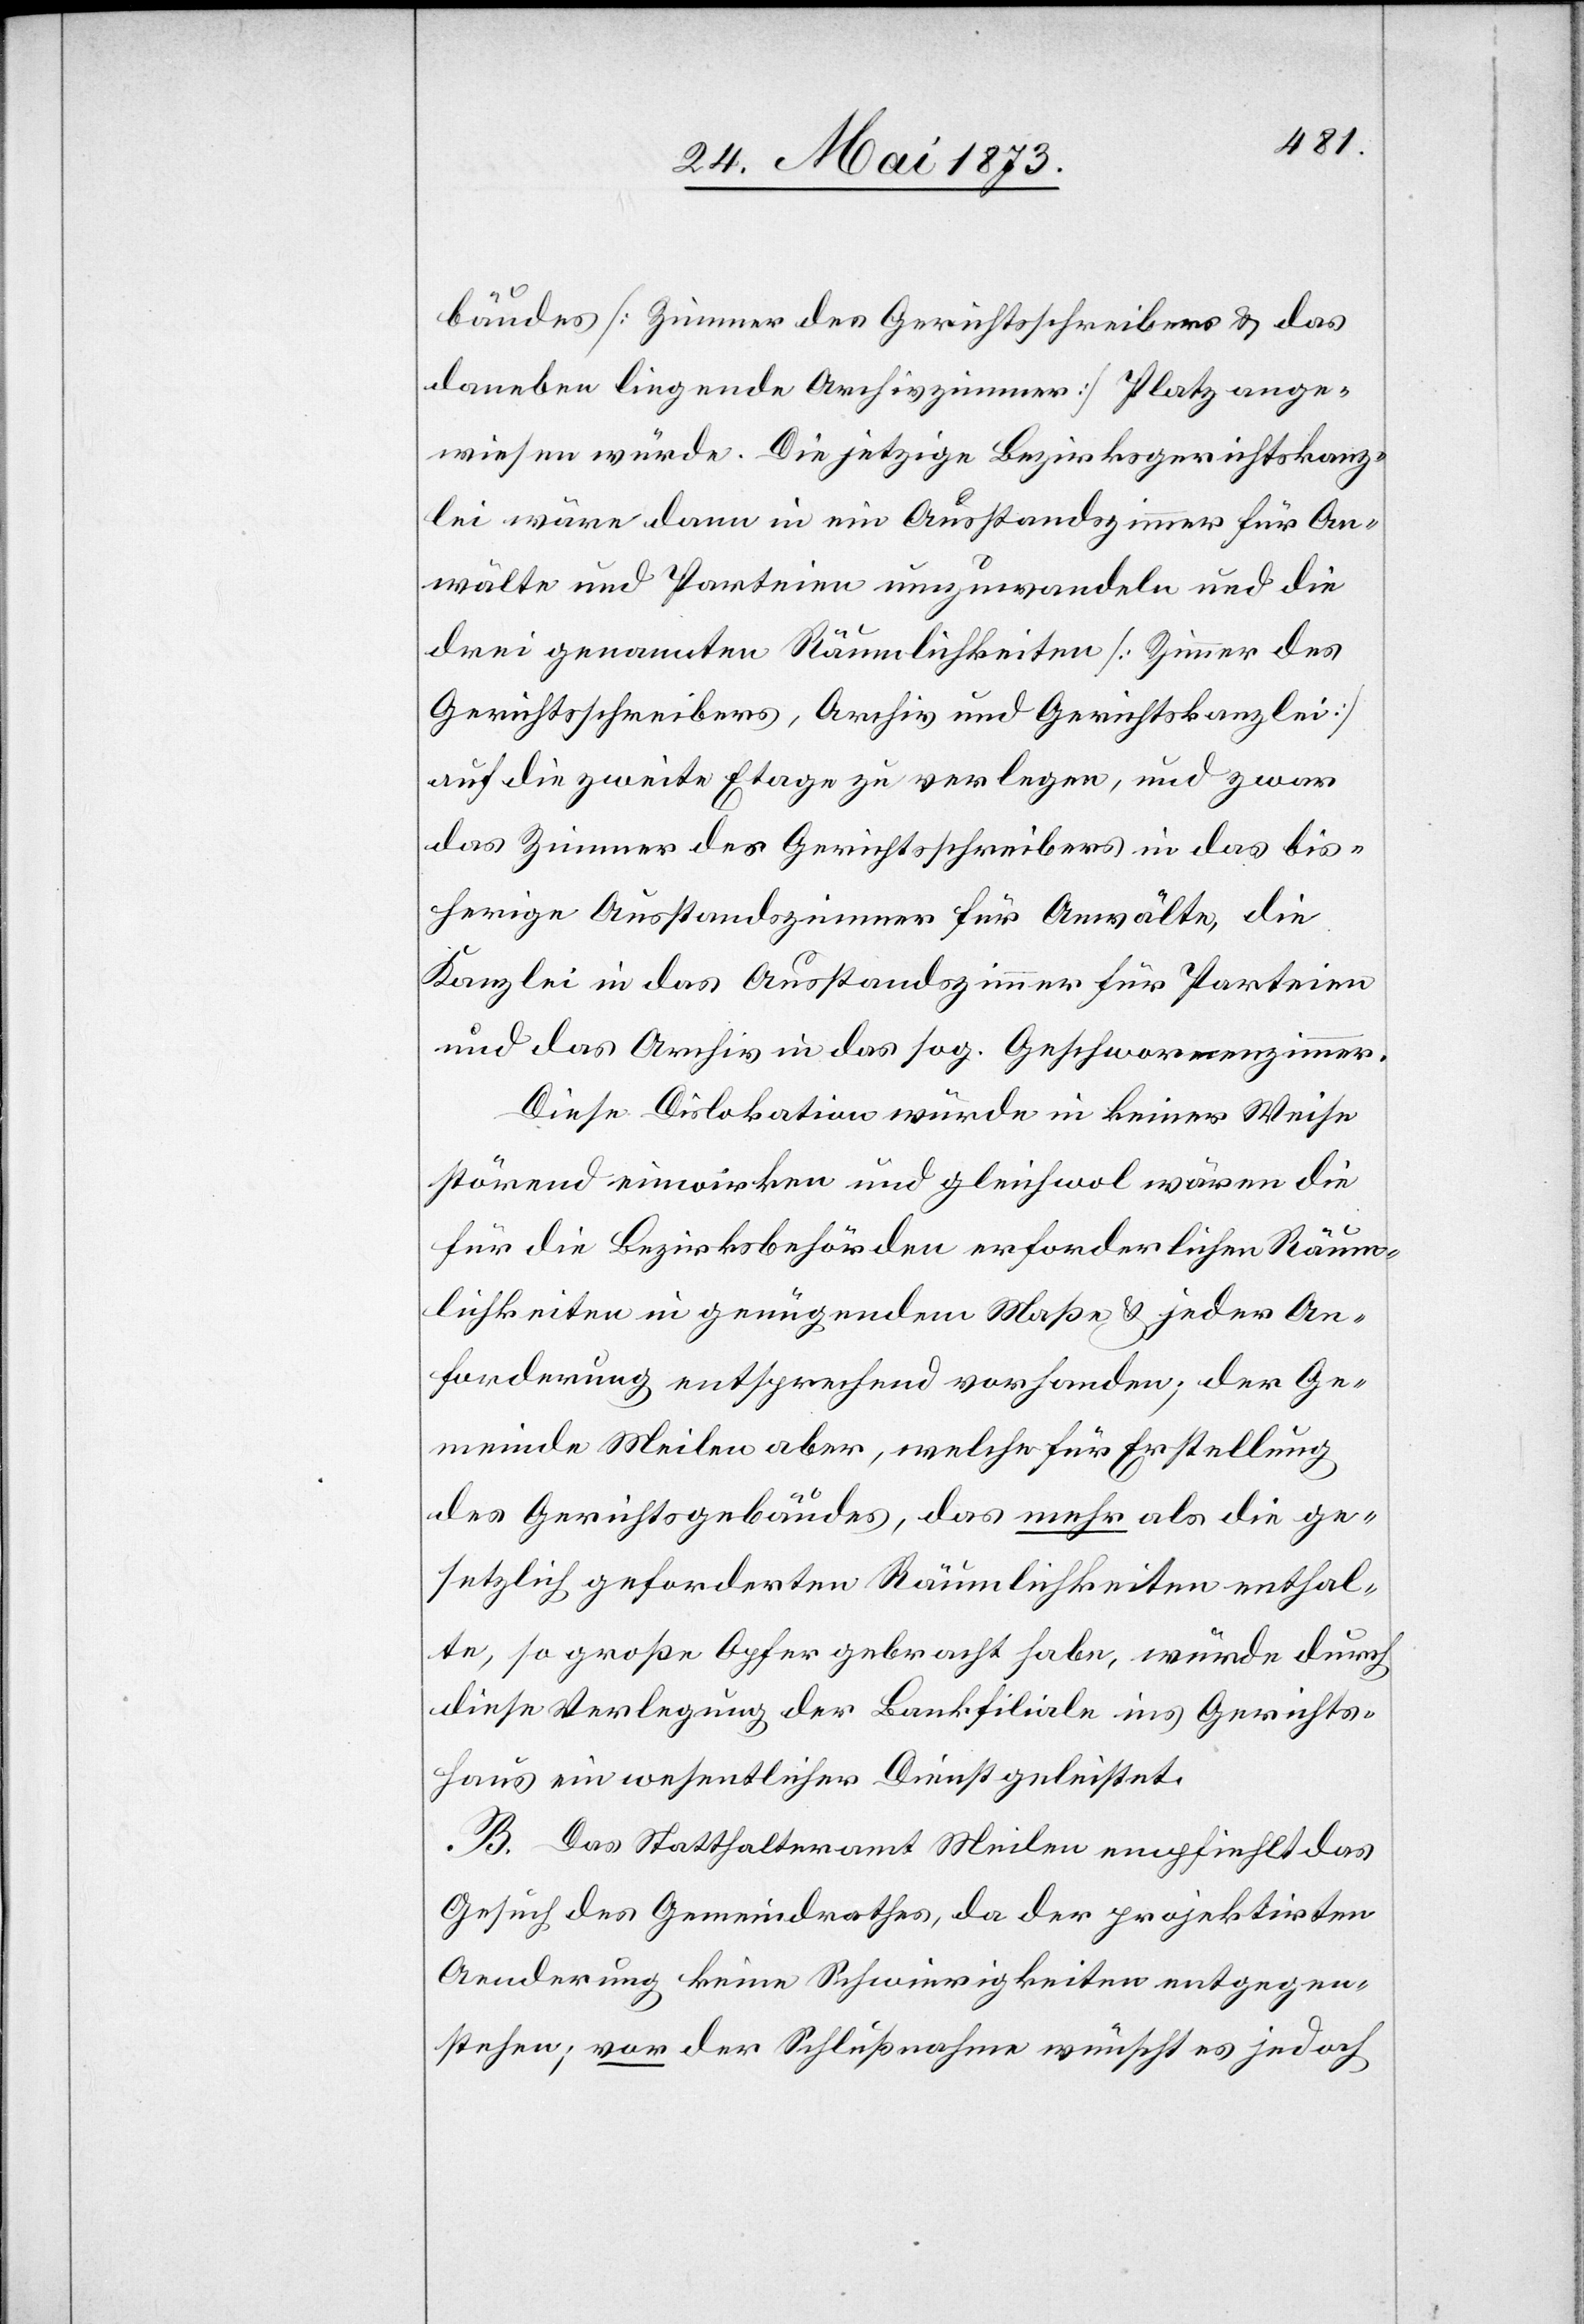
bäudes [Zimmer des Gerichtsschreibers & das
daneben liegende Archivzimmer] Platz ange¬
wiesen würde. Die jetzige Bezirksgerichtskanz¬
lei wäre dann in ein Ausstandszimmer für An¬
wälte und Parteien umzuwandeln und die
drei genannten Räumlichkeiten [Zimmer des
Gerichtsschreibers, Archiv und Gerichtskanzlei]
auf die zweite Etage zu verlegen, und zwar
das Zimmer des Gerichtsschreibers in das bis¬
herige Ausstandszimmer für Anwälte, die
Kanzlei in das Ausstandszimmer für Parteien
und das Archiv in das sog. Geschwornenzimmer.
Diese Dislokation würde in keiner Weise
störend einwirken und gleichwol wären die
für die Bezirksbehörden erforderlichen Räum¬
lichkeiten in genügendem Maße & jeder An¬
forderung entsprechend vorhanden; der Ge¬
meinde Meilen aber, welche für Erstellung
des Gerichtsgebäudes, das mehr als die ge¬
setzlich geforderten Räumlichkeiten enthal¬
te, so große Opfer gebracht habe, würde durch
diese Verlegung der Bankfiliale ins Gerichts¬
haus ein wesentlicher Dienst geleistet.
B. Das Statthalteramt Meilen empfiehlt das
Gesuch des Gemeindrathes, da der projektirten
Aenderung keine Schwierigkeiten entgegen
stehen; vor der Schlußnahme wünscht es jedoch